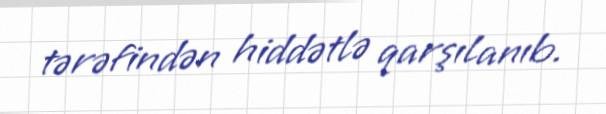
tərəfindən hiddətlə qarşılanıb.